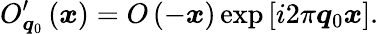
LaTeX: O_{\boldsymbol{q}_{0}}^{\prime}\left(\boldsymbol{x}\right)=O\left(-\boldsymbol{x}\right)\exp\left[i2\pi\boldsymbol{q}_{0}\boldsymbol{x}\right].